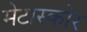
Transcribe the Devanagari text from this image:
मेटास्कोर